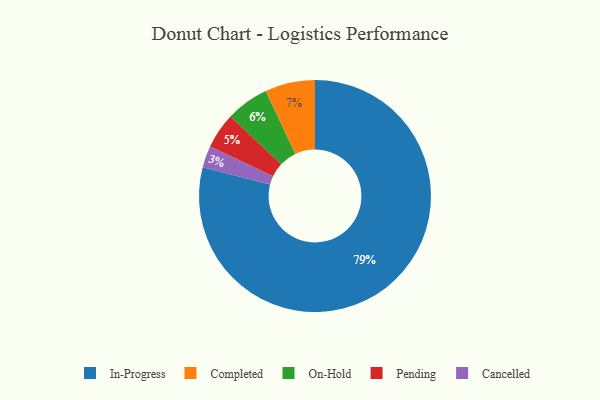
{"axis": {"x": "Category", "y": "Percentage"}, "legend": ["Cancelled", "Completed", "In-Progress", "On-Hold", "Pending"], "data": [{"x": "Completed", "y": 7, "type": "Completed"}, {"x": "In-Progress", "y": 79, "type": "In-Progress"}, {"x": "On-Hold", "y": 6, "type": "On-Hold"}, {"x": "Pending", "y": 5, "type": "Pending"}, {"x": "Cancelled", "y": 3, "type": "Cancelled"}]}